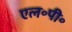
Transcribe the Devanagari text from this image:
एल॰पी॰